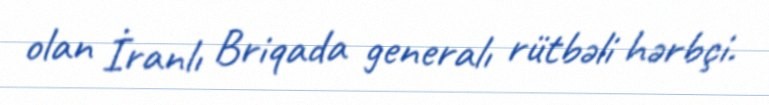
olan İranlı Briqada generalı rütbəli hərbçi.